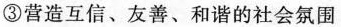
③营造互信、友善、和谐的社会氛围